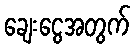
ချေးငွေအတွက်